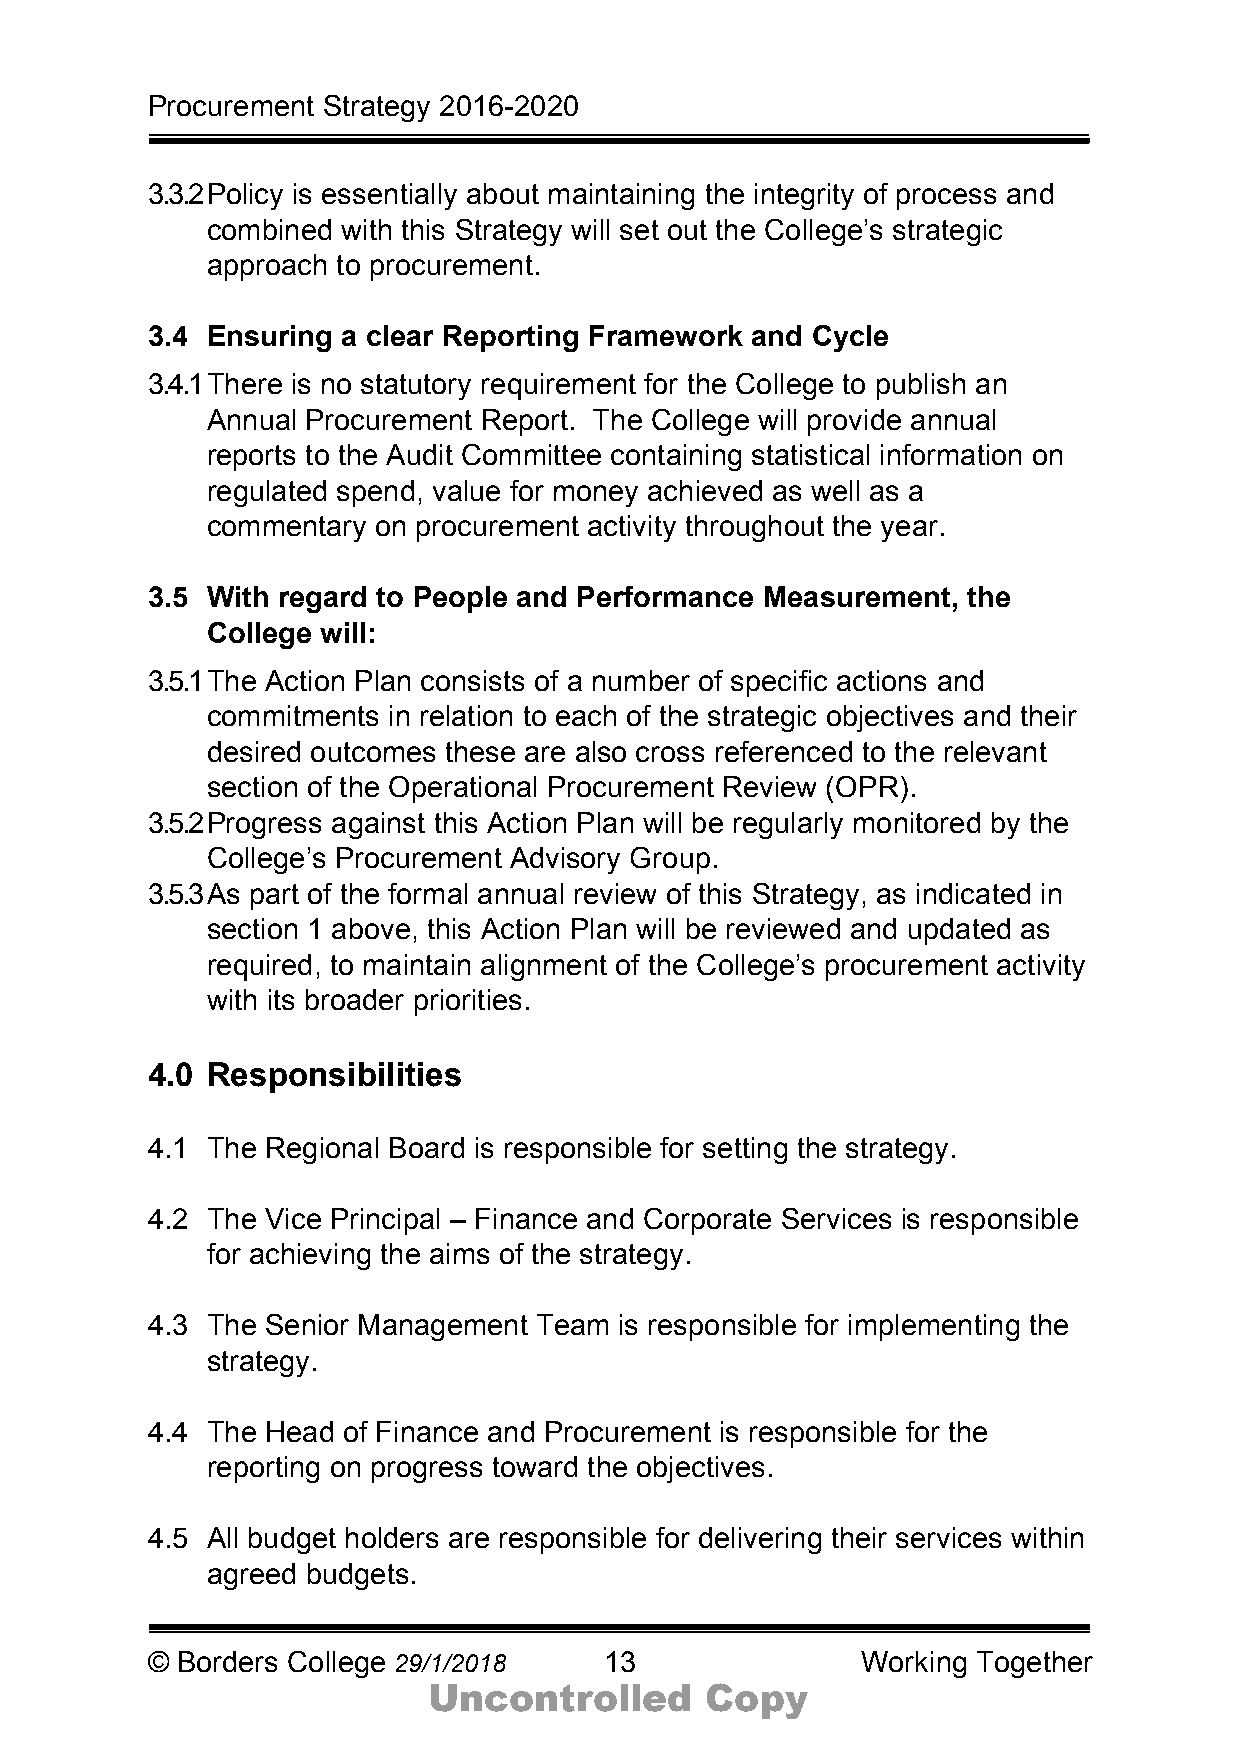
Procurement Strategy 2016-2020
 3.3.2 Policy is essentially about maintaining the integrity of process and
 combined with this Strategy will set out the College’s strategic
 approach to procurement.
 3.4 Ensuring a clear Reporting Framework and Cycle
 3.4.1 There is no statutory requirement for the College to publish an
 Annual Procurement Report. The College will provide annual
 reports to the Audit Committee containing statistical information on
 regulated spend, value for money achieved as well as a
 commentary on procurement activity throughout the year.
 3.5 With regard to People and Performance Measurement, the
 College will:
 3.5.1 The Action Plan consists of a number of specific actions and
 commitments in relation to each of the strategic objectives and their
 desired outcomes these are also cross referenced to the relevant
 section of the Operational Procurement Review (OPR).
 3.5.2 Progress against this Action Plan will be regularly monitored by the
 College’s Procurement Advisory Group.
 3.5.3 As part of the formal annual review of this Strategy, as indicated in
 section 1 above, this Action Plan will be reviewed and updated as
 required, to maintain alignment of the College’s procurement activity
 with its broader priorities.
 4.0 Responsibilities
 4.1 The Regional Board is responsible for setting the strategy.
 4.2 The Vice Principal – Finance and Corporate Services is responsible
 for achieving the aims of the strategy.
 4.3 The Senior Management Team is responsible for implementing the
 strategy.
 4.4 The Head of Finance and Procurement is responsible for the
 reporting on progress toward the objectives.
 4.5 All budget holders are responsible for delivering their services within
 agreed budgets.
 © Borders College 29/1/2018   13               Working Together
 Uncontrolled       Copy